Insane asylums in Bengal annual reports 1867-1875 - 1867-1875
Year: 1867
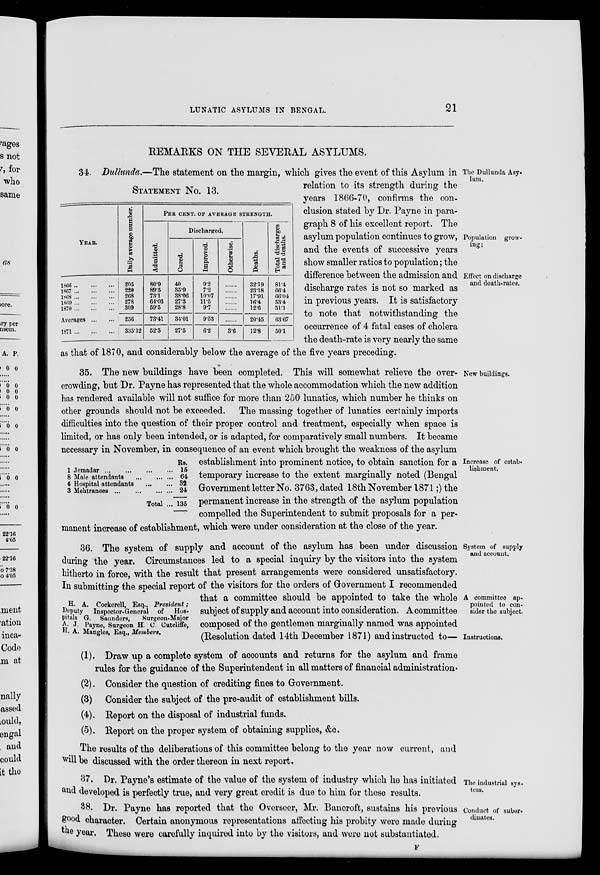
LUNATIC ASYLUMS IN BENGAL.
21
REMARKS ON THE SEVERAL ASYLUMS.
STATEMENT No. 13.
YEAR.
1866 ... ... ...
1867 ... ... ...
1868 ... ... ...
1869 ... ... ...
1870 ... ... ...
Averages ... ...
1871 ... ... ...
Daily average number.
205
220
268
278
309
256
335.12
PER CENT. OF AVERAGE STRENGTH.
Admitted.
80.9
89.5
73.1
64.03
59.5
73.41
52.5
Discharged.
Cured.
40
35.9
38.06
27.3
28.8
34.01
27.5
Improved.
9.2
7.2
10.07
11.5
9.7
9.53
6.2
Otherwise.
......
......
......
......
......
......
3.6
Deaths.
32.19
23.18
17.91
16.4
12.6
20.45
12.8
Total discharges
and deaths.
81.4
66.4
66.04
53.4
51.1
63.67
50.1
The Dullunda Asy-
lum.
Population grow-
ing;
Effect on discharge
and death-rates.
34. Dullunda.—The statement on the margin, which gives the event of this Asylum in
relation to its strength during the
years 1866-70, confirms the con-
clusion stated by Dr. Payne in para-
graph 8 of his excellent report. The
asylum population continues to grow,
and the events of successive years
show smaller ratios to population; the
difference between the admission and
discharge rates is not so marked as
in previous years. It is satisfactory
to note that notwithstanding the
occurrence of 4 fatal cases of cholera
the death-rate is very nearly the same
as that of 1870, and considerably below the average of the five years preceding.
1
Jemadar... ... ... ... ...
8 Male attendants
...
...
...
4 Hospital attendants ... ...
3 Mehtranees
...
...
...
Total ...
Rs.
15
64
32
24
135
New buildings.
Increase of estab-
lishment.
35. The new buildings have been completed. This will somewhat relieve the over-
crowding, but Dr. Payne has represented that the whole accommodation which the new addition
has rendered available will not suffice for more than 250 lunatics, which number he thinks on
other grounds should not be exceeded. The massing together of lunatics certainly imports
difficulties into the question of their proper control and treatment, especially when space is
limited, or has only been intended, or is adapted, for comparatively small numbers. It became
necessary in November, in consequence of an event which brought the weakness of the asylum
establishment into prominent notice, to obtain sanction for a
temporary increase to the extent marginally noted (Bengal
Government letter No. 3763, dated 18th November 1871;) the
permanent increase in the strength of the asylum population
compelled the Superintendent to submit proposals for a per-
manent increase of establishment, which were under consideration at the close of the year.
H. A. Cockerell, Esq., President;
Deputy Inspector. General of Hos-
pitals G. Saunders,
Surgeon-Major
A. J. Payne, Surgeon H. C. Cutcliffe,
H. A. Mangles, Esq., Members,
System of supply
and account.
A committee ap-
pointed to con-
sider the subject.
36. The system of supply and account of the asylum has been under discussion
during the year. Circumstances led to a special inquiry by the visitors into the system
hitherto in force, with the result that present arrangements were considered unsatisfactory.
In submitting the special report of the visitors for the orders of Government I recommended
that a committee should be appointed to take the whole
subject of supply and account into consideration. A committee
composed of the gentlemen marginally named was appointed
(Resolution dated 14th December 1871) and instructed to— Instructions.
(1). Draw up a complete system of accounts and returns for the asylum and frame
rules for the guidance of the Superintendent in all matters of financial administration.
(2). Consider the question of crediting fines to Government.
(3) Consider the subject of the pre-audit of establishment bills.
(4). Report on the disposal of industrial funds.
(5). Report on the proper system of obtaining supplies, &c.
The results of the deliberations of this committee belong to the year now current, and
will be discussed with the order thereon in next report.
The industrial sys¬
tem.
37. Dr. Payne's estimate of the value of the system of industry which he has initiated
and developed is perfectly true, and very great credit is due to him for these results.
Conduct of subor-
dinates.
38. Dr. Payne has reported that the Overseer, Mr. Bancroft, sustains his previous
good character. Certain anonymous representations affecting his probity were made during
the year. These were carefully inquired into by the visitors, and were not substantiated.
F